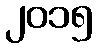
၂၀၁၅